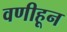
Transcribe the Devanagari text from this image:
वणीहून